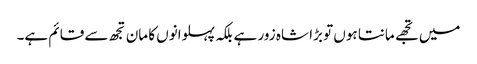
میں تجھے مانتا ہوں تو بڑا شاہ زور ہے بلکہ پہلوانوں کا مان تجھ سے قائم ہے۔